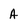
Character: A